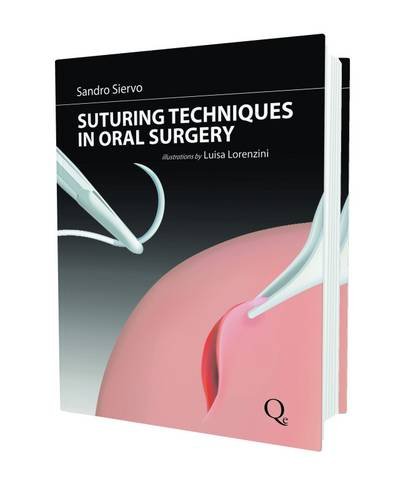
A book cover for Suturing Techniques in Oral Surgery; Sandro Siervo; Medical Books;